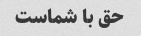
حق با شماست